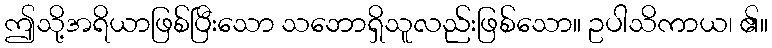
ဤသို့အရိယာဖြစ်ပြီးသော သဘောရှိသူလည်းဖြစ်သော။ ဥပါသိကာယ၊ ၏။